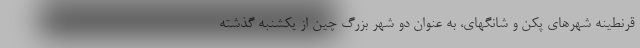
قرنطینه شهرهای پکن و شانگهای، به عنوان دو شهر بزرگ چین از یکشنبه گذشته